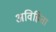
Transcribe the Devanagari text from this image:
अविहिता